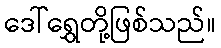
ဒေါ်ရွှေတို့ဖြစ်သည်။